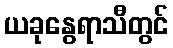
ယခုနွေရာသီတွင်